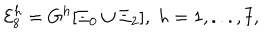
LaTeX: { \cal E } _ { 8 } ^ { h } = G ^ { h } [ \Xi _ { 0 } \cup \Xi _ { 2 } ] , \; h = 1 , . . . , 7 ,